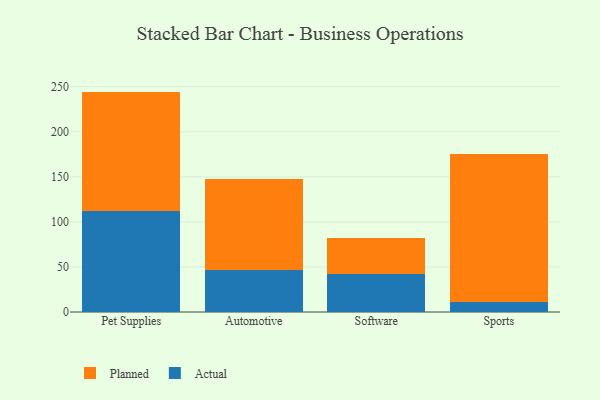
{"axis": {"x": "Category", "y": "Temperature (°C)"}, "legend": ["Actual", "Planned"], "data": [{"x": "Pet Supplies", "y": 111.6, "type": "Actual"}, {"x": "Pet Supplies", "y": 133.0, "type": "Planned"}, {"x": "Automotive", "y": 46.5, "type": "Actual"}, {"x": "Automotive", "y": 100.8, "type": "Planned"}, {"x": "Software", "y": 42.2, "type": "Actual"}, {"x": "Software", "y": 40.4, "type": "Planned"}, {"x": "Sports", "y": 10.9, "type": "Actual"}, {"x": "Sports", "y": 164.8, "type": "Planned"}]}